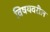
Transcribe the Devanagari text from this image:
विषयवरील